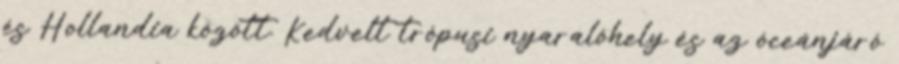
és Hollandia között. Kedvelt trópusi nyaralóhely és az óceánjáró